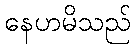
နေဟမိသည်